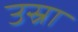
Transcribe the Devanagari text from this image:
उस्रा